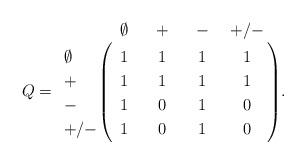
LaTeX: \begin{align*}Q=\bordermatrix{&~\emptyset~&~{+}~&~{-}~&{+}/{-}\cr\emptyset&1&1&1&1\cr{+}&1&1&1&1\cr{-}&1&0&1&0\cr{+}/{-}&1&0&1&0}.\end{align*}